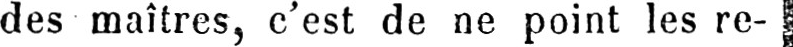
des maîtres, c’est de ne point les re-